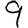
Digit: 9